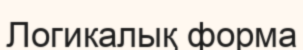
Логикалық форма